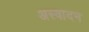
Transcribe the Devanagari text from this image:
अस्वादन